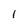
Character: 1